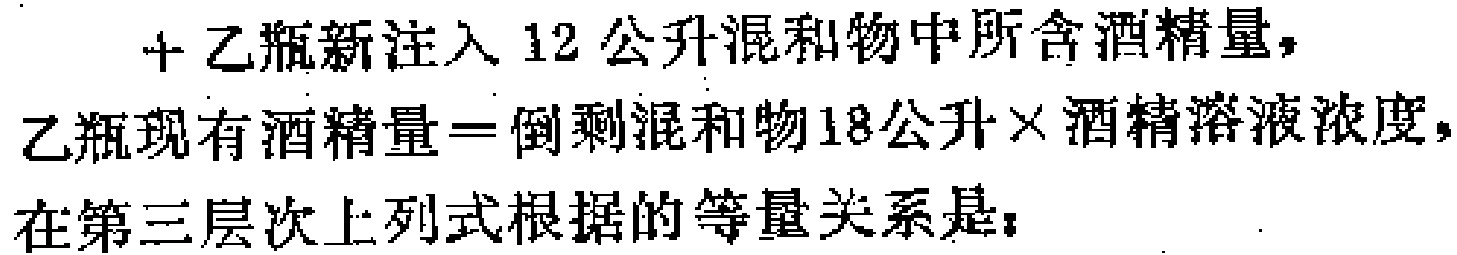
+ 乙瓶新注入12公升混和物中所含酒精量，

乙瓶现有酒精量=倒剩混和物18公升×酒精溶液浓度，

在第三层次上列式根据的等量关系是：